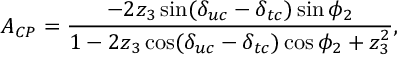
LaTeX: A _ { C P } = \frac { - 2 z _ { 3 } \sin ( \delta _ { u c } - \delta _ { t c } ) \sin \phi _ { 2 } } { 1 - 2 z _ { 3 } \cos ( \delta _ { u c } - \delta _ { t c } ) \cos \phi _ { 2 } + z _ { 3 } ^ { 2 } } ,